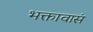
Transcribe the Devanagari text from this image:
भक्तावासं